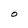
Character: O